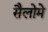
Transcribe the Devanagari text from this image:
सैलोमे